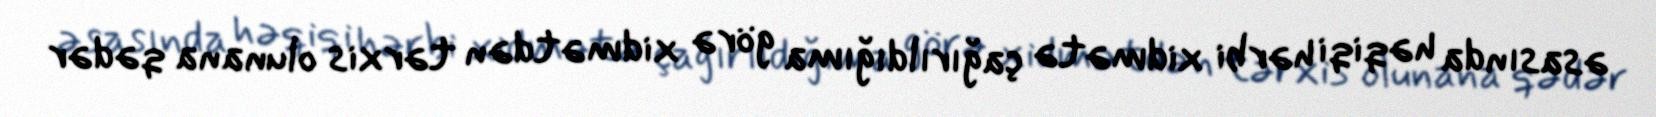
əsasında həqiqi hərbi xidmətə çağırıldığıma görə xidmətdən tərxis olunana qədər